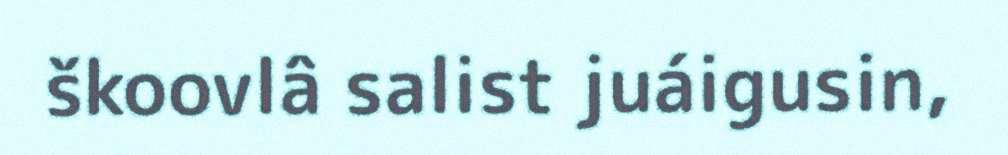
škoovlâ salist juáigusin,